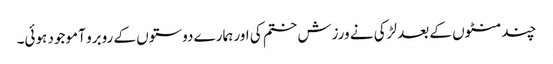
چند منٹوں کے بعد لڑکی نے ورزش ختم کی اور ہمارے دوستوں کے روبرو آ موجود ہوئی۔